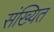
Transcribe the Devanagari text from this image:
संख्यित